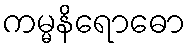
ကမ္မနိရောဓော